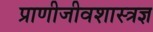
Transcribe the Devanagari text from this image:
प्राणीजीवशास्त्रज्ञ